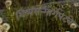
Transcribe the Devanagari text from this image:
शिष्यसन्मार्गपटवे